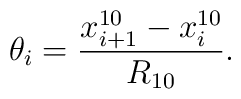
\theta_i=\frac{x_{i+1}^{10}-x_i^{10}}{R_{10}}.